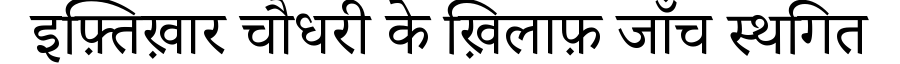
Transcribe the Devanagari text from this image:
इफ़्तिख़ार चौधरी के ख़िलाफ़ जाँच स्थगित